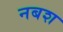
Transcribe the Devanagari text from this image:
नबश